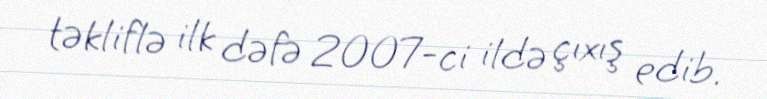
təkliflə ilk dəfə 2007-ci ildə çıxış edib.